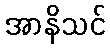
အာနိသင်